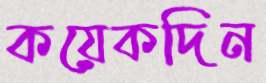
কয়েকদিন